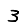
Digit: 3